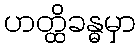
ဟတ္ထိခန္ဓမှာ